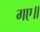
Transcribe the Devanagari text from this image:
गए॥